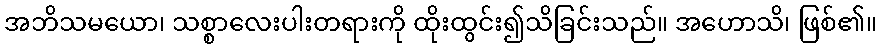
အဘိသမယော၊ သစ္စာလေးပါးတရားကို ထိုးထွင်း၍သိခြင်းသည်။ အဟောသိ၊ ဖြစ်၏။